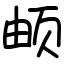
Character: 𬱖